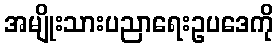
အမျိုးသားပညာရေးဥပဒေကို